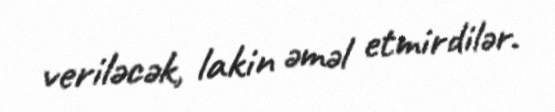
veriləcək, lakin əməl etmirdilər.